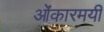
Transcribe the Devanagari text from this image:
ओंकारमयी